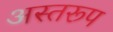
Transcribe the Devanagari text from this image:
अस्तरूप